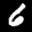
Label: 6